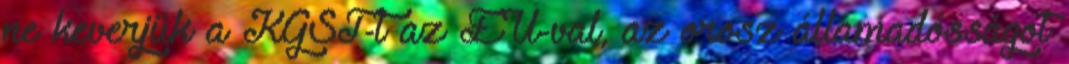
ne keverjük a KGST-t az EU-val, az orosz államadósságot